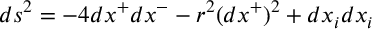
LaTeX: d s ^ { 2 } = - 4 d x ^ { + } d x ^ { - } - r ^ { 2 } ( d x ^ { + } ) ^ { 2 } + d x _ { i } d x _ { i }